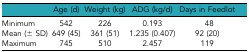
|  | Age (d) | Weight (kg) | ADG (kg/d) | Days in Feedlot |
 | --- | --- | --- | --- | --- |
 | Minimum | 542 | 226 | 0.193 | 48 |
 | Mean (± SD) | 649 (45) | 361 (51) | 1.235 (0.407) | 92 (20) |
 | Maximum | 745 | 510 | 2.457 | 119 |